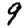
Digit: 9